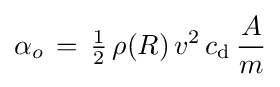
\alpha _{o}\,=\,{\tfrac {1}{2}}\,\rho (R)\,v^{2}\,c_{\rm {d}}\,{\frac {A}{m}}